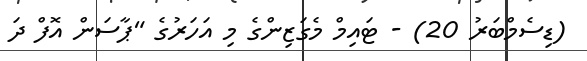
(ޑިސެމްބަރު 20) - ޓައިމް މެގަޒިންގެ މި އަހަރުގެ "ޕާސަން އޮފް ދަ